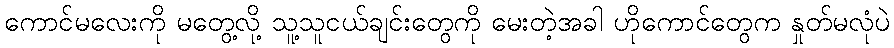
ကောင်မလေးကို မတွေ့လို့ သူ့သူငယ်ချင်းတွေကို မေးတဲ့အခါ ဟိုကောင်တွေက နှုတ်မလုံပဲ